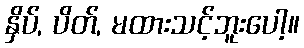
နှိပ်, ပိတ်, မထားသင့်ဘူးပေါ့။